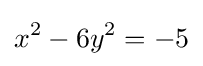
x^{2}-6y^{2}=-5